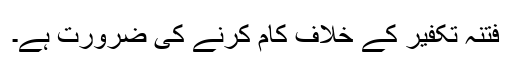
فتنہ تکفیر کے خلاف کام کرنے کی ضرورت ہے۔